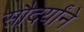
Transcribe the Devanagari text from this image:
सौदर्यांने